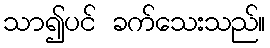
သာ၍ပင် ခက်သေးသည်။